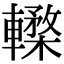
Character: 𨎸